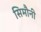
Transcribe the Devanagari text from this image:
सिमौनी